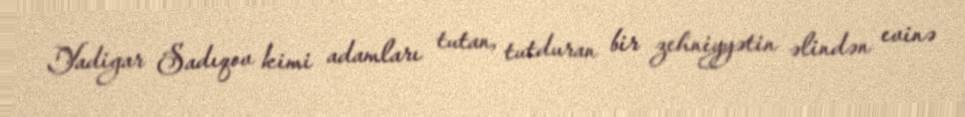
Yadigar Sadıqov kimi adamları tutan, tutduran bir zehniyyətin əlindən evinə